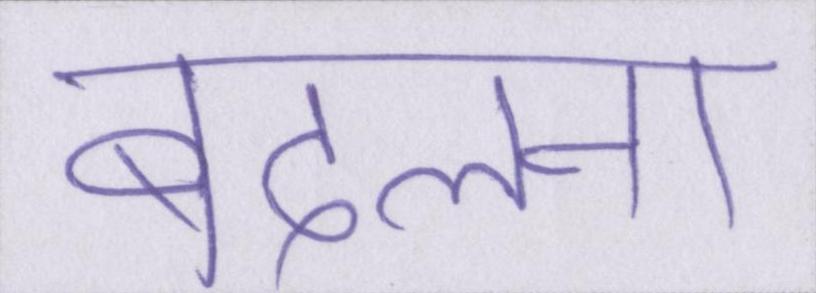
बदलना